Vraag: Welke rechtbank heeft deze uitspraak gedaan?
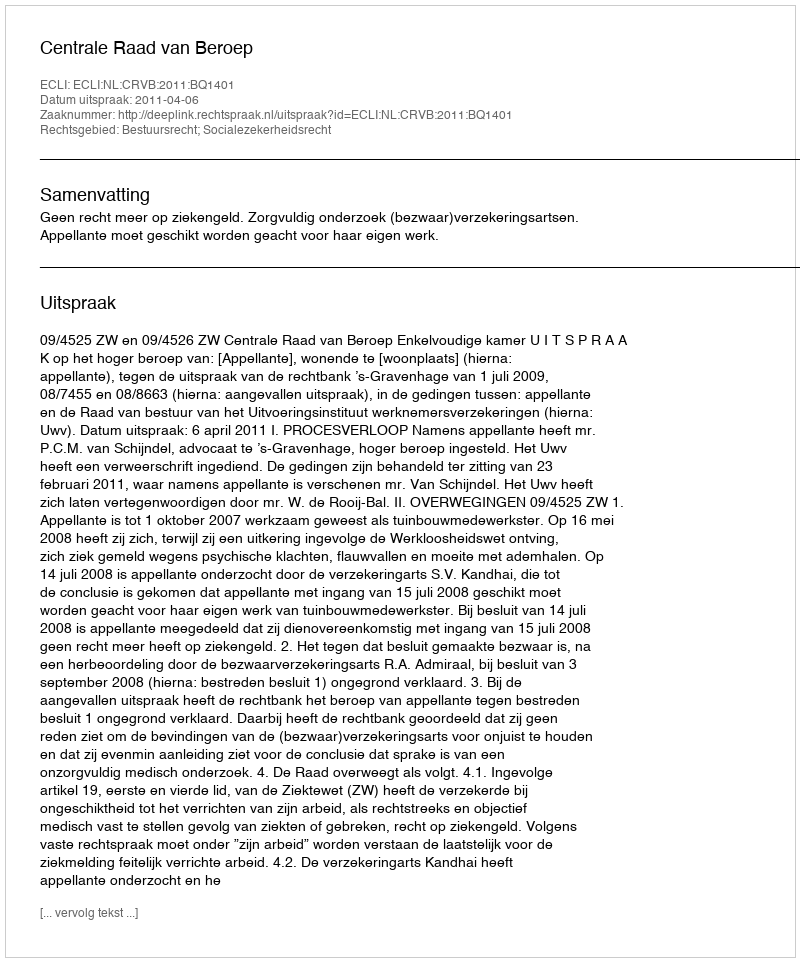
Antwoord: Centrale Raad van Beroep